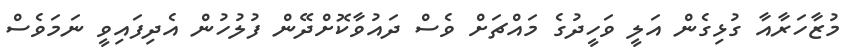
މުޒާހަރާއާ ގުޅިގެން އަލީ ވަހީދުގެ މައްޗަށް ވެސް ދައުވާކޮށްދޭން ފުލުހުން އެދިފައިވީ ނަމަވެސް